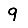
Digit: 9